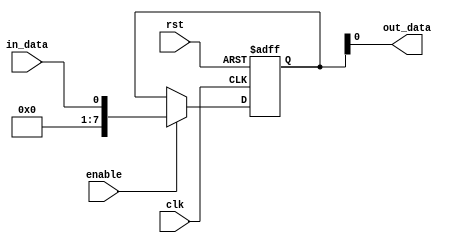
module variable_width_bypass_register (
    input wire clk,
    input wire rst,
    input wire in_data,
    input wire enable,
    output reg out_data
);

reg [7:0] internal_reg;

always @(posedge clk or posedge rst) begin
    if (rst) begin
        internal_reg <= 8'h00;
    end else begin
        if (enable) begin
            internal_reg <= in_data;
        end
    end
end

assign out_data = internal_reg;

endmodule